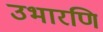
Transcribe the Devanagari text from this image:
उभारणि